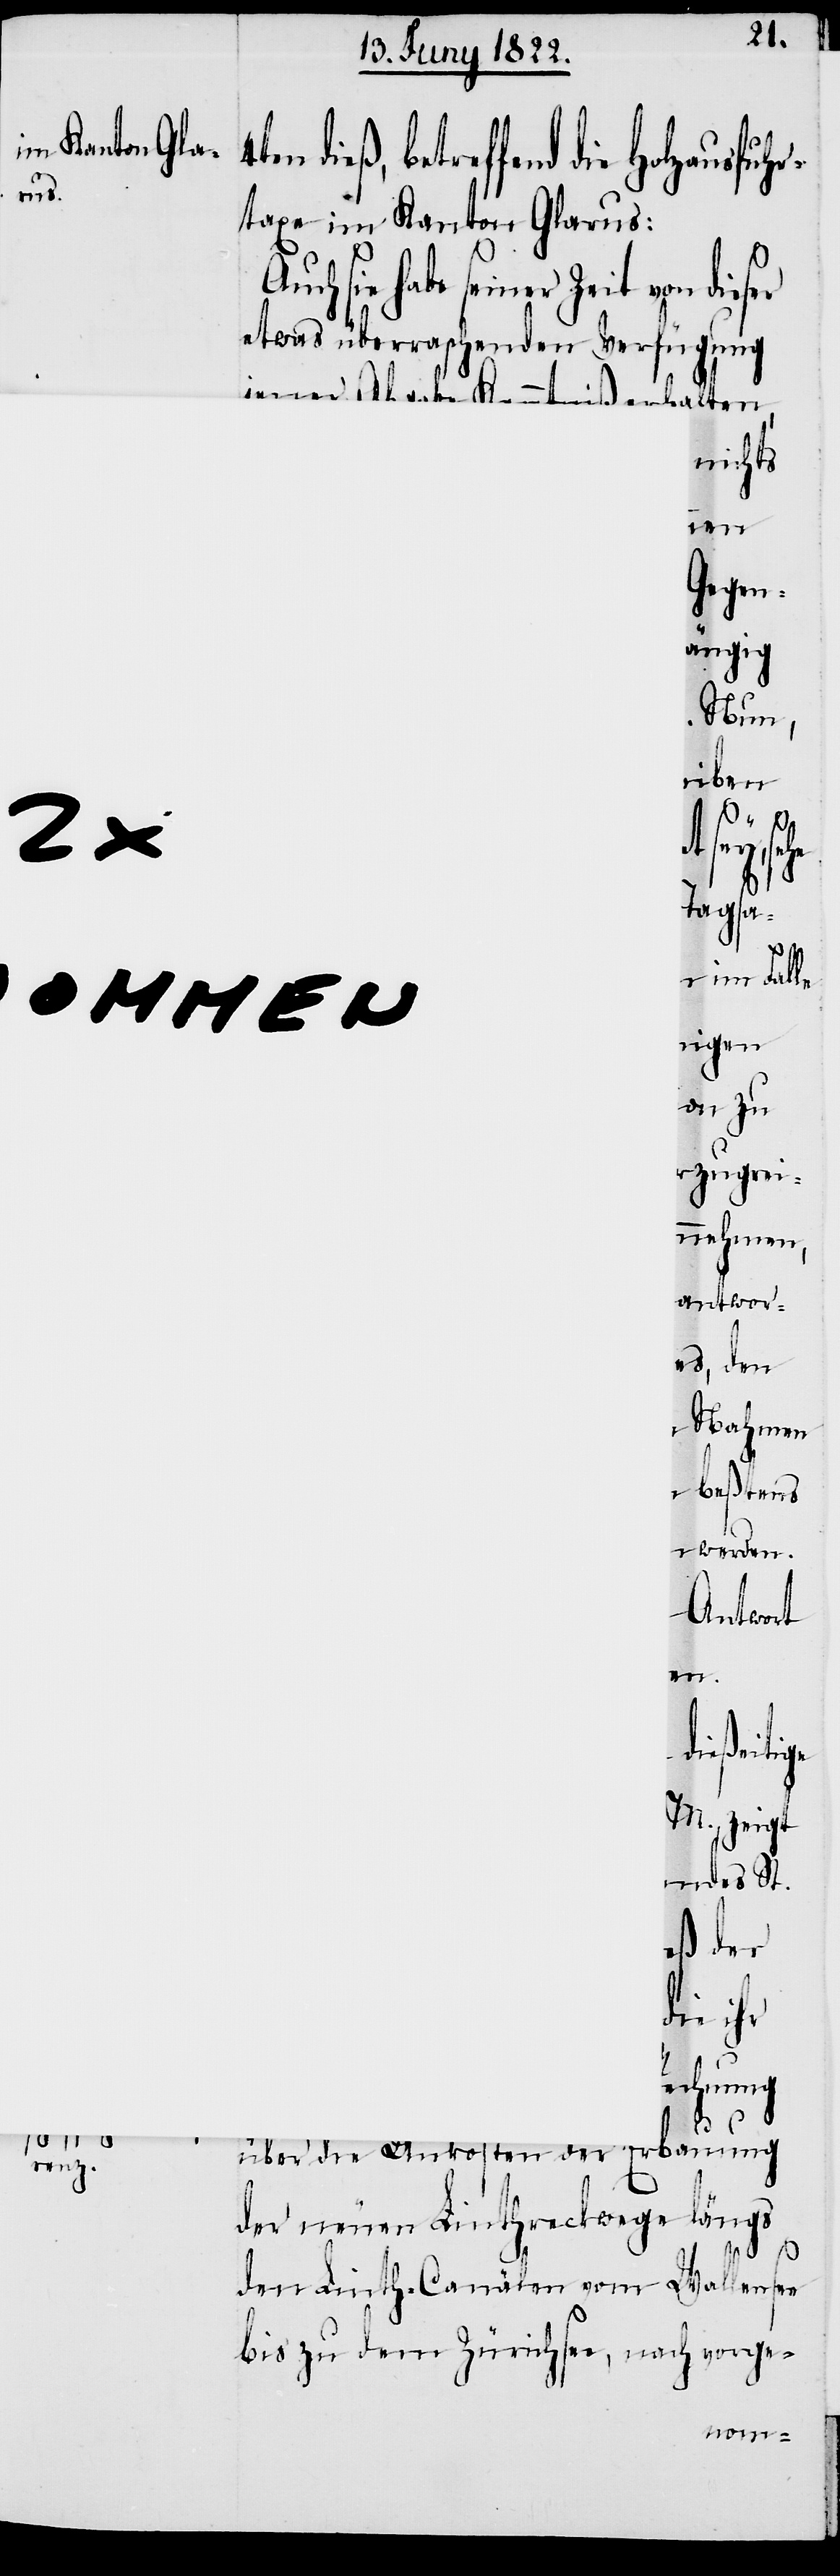
en dieß der hiesig¬
aus¬
rtaxe im Kanton Glarus:
uch sie habe seiner Zeit von dies¬
etwas überraschenden Verfügung
jener Abgabe Kenntniß erhalten,
nich¬
en
Regi¬
an,
M.
ung
zu
sowohl
die
S¬
d.
über die Unkosten der Erbau¬
der neuen Linthreckwege längs
den Linth-Canälen vom Wallensee
bis zu dem Zürichsee, nach vorge-
die